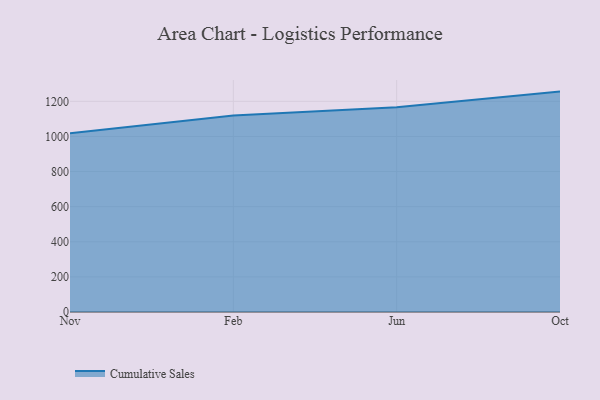
{"axis": {"x": "Month", "y": "Revenue (USD Million)"}, "legend": ["Cumulative Sales"], "data": [{"x": "Nov", "y": 1018.4, "type": "Cumulative Sales"}, {"x": "Feb", "y": 1119.3, "type": "Cumulative Sales"}, {"x": "Jun", "y": 1165.9, "type": "Cumulative Sales"}, {"x": "Oct", "y": 1255.4, "type": "Cumulative Sales"}]}